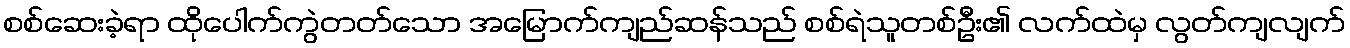
စစ်ဆေးခဲ့ရာ ထိုပေါက်ကွဲတတ်သော အမြောက်ကျည်ဆန်သည် စစ်ရဲသူတစ်ဦး၏ လက်ထဲမှ လွတ်ကျလျက်